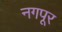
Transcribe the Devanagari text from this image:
नगपूर